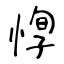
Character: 惸